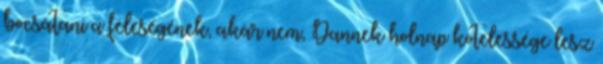
bocsátani a feleségének, akár nem, Dannek holnap kötelessége lesz